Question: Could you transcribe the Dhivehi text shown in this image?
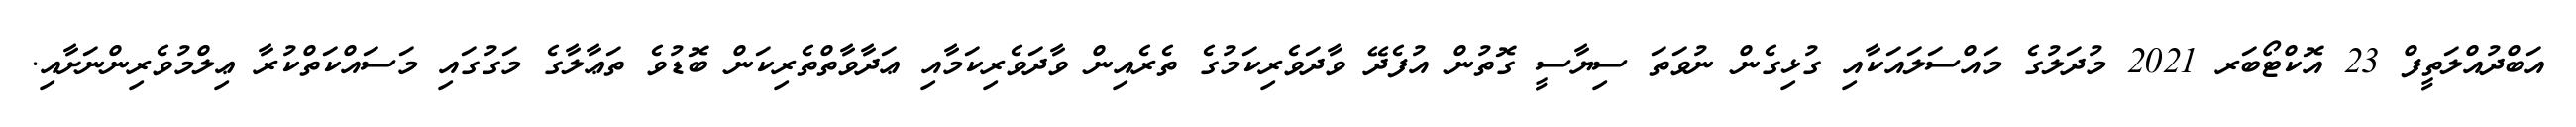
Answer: އަބްދުއްލަތީފް 23 އޮކްޓޯބަރ 2021 މުދަލުގެ މައްސަލައަކާއި ގުޅިގެން ނުވަތަ ސިޔާސީ ގޮތުން އުފެދޭ ވާދަވެރިކަމުގެ ތެރެއިން ވާދަވެރިކަމާއި ޢަދާވާތްތެރިކަން ބޮޑުވެ ތަޢާލާގެ މަގުގައި މަސައްކަތްކުރާ ޢިލްމުވެރިންނަށާއި.